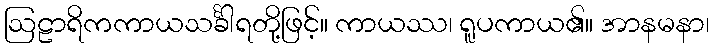
ဩဠာရိကကာယသင်္ခါရတို့ဖြင့်။ ကာယဿ၊ ရူပကာယ၏။ အာနမနာ၊